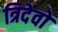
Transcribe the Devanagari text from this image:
त्रिदेवो